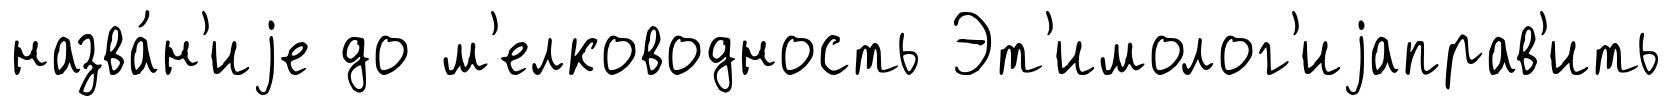
назва́н'иjе до м'елководность Эт'имолог'иjаправ'ить